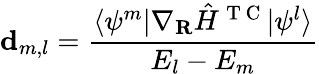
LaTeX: {\mathbf{d}}_{m,l}=\frac{\langle\psi^{m}|\nabla_{\mathbf{R}}\hat{H}^{\mathrm{~T~C~}}|\psi^{l}\rangle}{E_{l}-E_{m}}